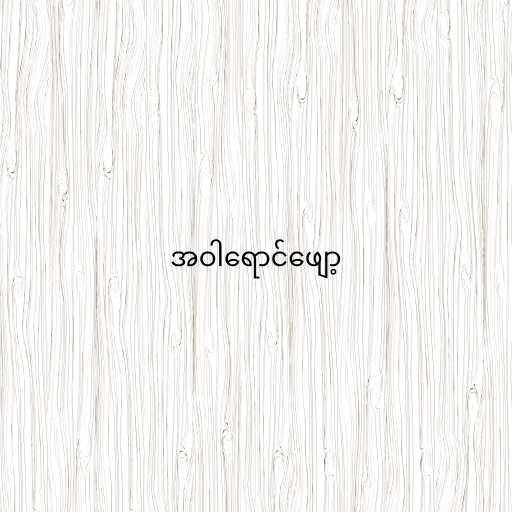
အဝါရောင်ဖျော့